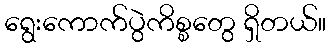
ရွေးကောက်ပွဲကိစ္စတွေ ရှိတယ်။